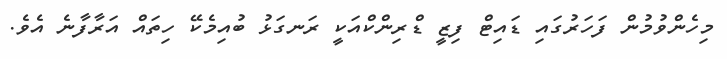
މިހެންވުމުން ފަހަރުގައި ޑައިޓް ފިޒީ ޑްރިންކްއަކީ ރަނގަޅު ބުއިމެކޭ ހިތައް އަރާފާނެ އެވެ.